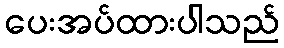
ပေးအပ်ထားပါသည်